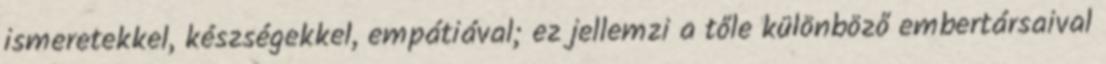
ismeretekkel, készségekkel, empátiával; ez jellemzi a tőle különböző embertársaival